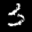
Label: 3